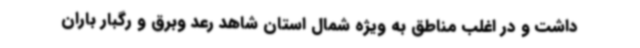
داشت و در اغلب مناطق به ویژه شمال استان شاهد رعد وبرق و رگبار باران